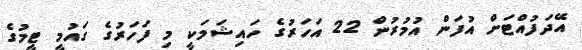
އޭދަފުއްޓަށް އުފަން އުމުރުން 22 އަހަރުގެ ހައިޝަމަކީ މި ފަހަރުގެ ގައުމީ ޓީމުގެ